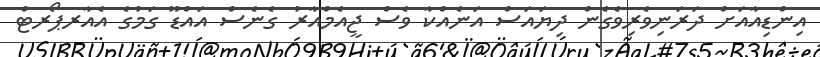
އިންޑިއާއަށް ދަރަނިވެރިވެގެން ދިޔައަސް އަނެއްކާ ވެސް ޖީއެމްއާރު ގެނެސް އައްޑޫ ގަމުގެ އެއާރޕޯރޓް